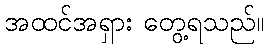
အထင်အရှား တွေ့ရသည်။